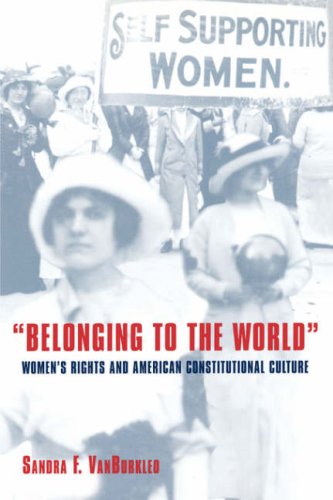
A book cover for Belonging to the World: Women's Rights and American Constitutional Culture (Bicentennial Essays on the Bill of Rights); Sandra F. VanBurkleo; Law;